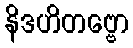
နိဒဟိတဗ္ဗော